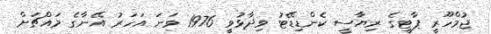
ޖުމްހޫރީ ޕާޓީގެ ރިޔާސީ ކެންޑިޑޭޓު ވިދާޅުވީ 1976 ވަނަ އަހަރު އޭނާގެ މައްޗަށް